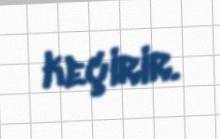
keçirir.